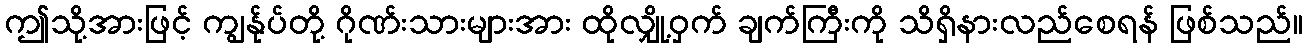
ဤသို့အားဖြင့် ကျွန်ုပ်တို့ ဂိုဏ်းသားများအား ထိုလျှို့ဝှက် ချက်ကြီးကို သိရှိနားလည်စေရန် ဖြစ်သည်။